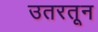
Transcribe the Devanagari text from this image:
उतरतून